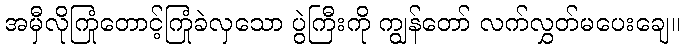
အမှီလိုကြုံတောင့်ကြုံခဲလှသော ပွဲကြီးကို ကျွန်တော် လက်လွှတ်မပေးချေ။